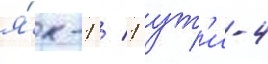
я́к-1 / 1 ут'и-4